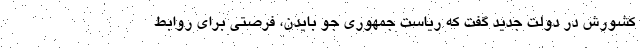
کشورش در دولت جدید گفت که ریاست جمهوری جو بایدن، فرصتی برای روابط